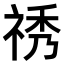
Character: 𥙾